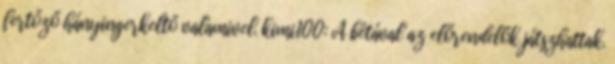
fertőző hányingerkeltő valamivel. kimi100: A bétával az előrendelők játszhattak.